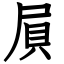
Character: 屓